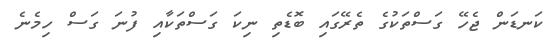
ކަނޑަން ޖެހޭ ގަސްތަކުގެ ތެރޭގައި ބޮޑެތި ނިކަ ގަސްތަކާއި ފުނަ ގަސް ހިމެނެ